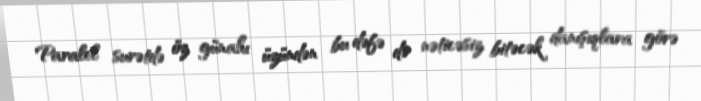
Paralel surətdə öz günahı üzündən bu dəfə də nəticəsiz bitəcək danışıqlara görə